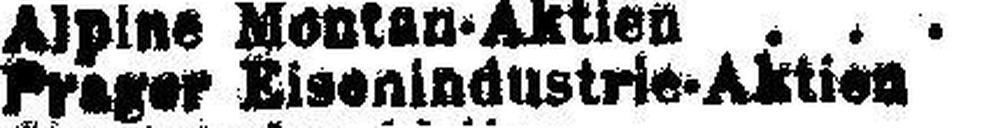
Prager Eisenindustrie-Aktien